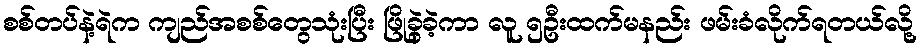
စစ်တပ်နဲ့ရဲက ကျည်အစစ်တွေသုံးပြီး ဖြိုခွဲခဲ့ကာ လူ ၅ဦးထက်မနည်း ဖမ်းခံလိုက်ရတယ်လို့